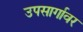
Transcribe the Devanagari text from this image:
उपसार्गावर